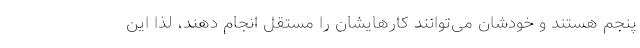
پنجم هستند و خودشان می‌توانند کارهایشان را مستقل انجام دهند، لذا این